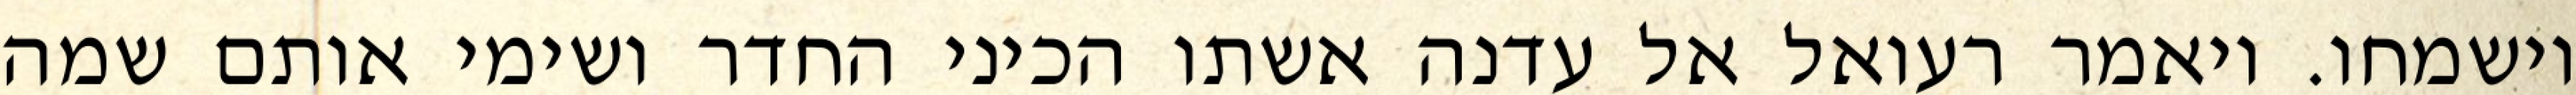
וישמחו. ויאמר רעואל אל עדנה אשתו הכיני החדר ושימי אותם שמה